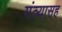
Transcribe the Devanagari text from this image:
मंत्र्यासह